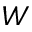
W